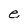
Character: e